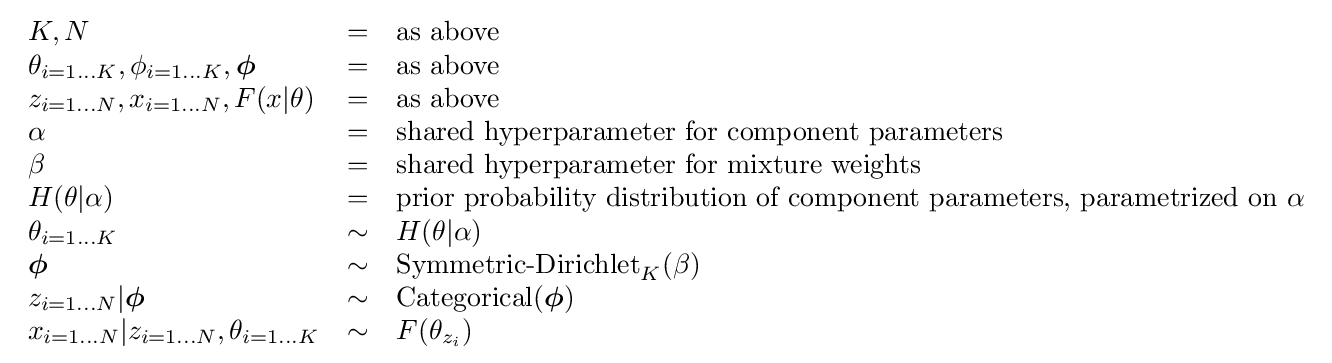
{\begin{array}{lcl}K,N&=&{\text{as above}}\\\theta _{i=1\dots K},\phi _{i=1\dots K},{\boldsymbol {\phi }}&=&{\text{as above}}\\z_{i=1\dots N},x_{i=1\dots N},F(x|\theta )&=&{\text{as above}}\\\alpha &=&{\text{shared hyperparameter for component parameters}}\\\beta &=&{\text{shared hyperparameter for mixture weights}}\\H(\theta |\alpha )&=&{\text{prior probability distribution of component parameters, parametrized on }}\alpha \\\theta _{i=1\dots K}&\sim &H(\theta |\alpha )\\{\boldsymbol {\phi }}&\sim &\operatorname {Symmetric-Dirichlet} _{K}(\beta )\\z_{i=1\dots N}|{\boldsymbol {\phi }}&\sim &\operatorname {Categorical} ({\boldsymbol {\phi }})\\x_{i=1\dots N}|z_{i=1\dots N},\theta _{i=1\dots K}&\sim &F(\theta _{z_{i}})\end{array}}